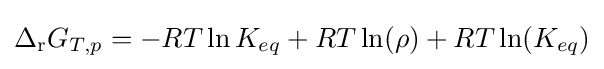
\Delta _{\mathrm {r} }G_{T,p}=-RT\ln K_{eq}+RT\ln(\rho )+RT\ln(K_{eq})